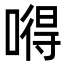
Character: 嘚